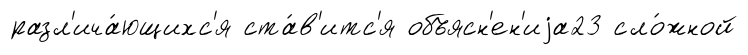
разл'ича́ющихс'я ста́в'итс'я объясн'ен'иjа23 сло́жной